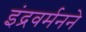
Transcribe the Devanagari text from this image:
इंद्रवर्मनने